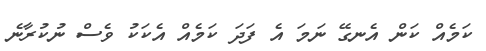
ކަމެއް ކަން އެނގޭ ނަމަ އެ ފަދަ ކަމެއް އެކަކު ވެސް ނުކުރާނެ